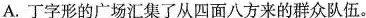
A.丁字形的广场汇集了从四面八方来的群众队伍。